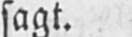
sagt.